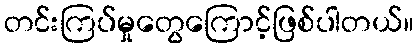
တင်းကြပ်မှုတွေကြောင့်ဖြစ်ပါတယ်။